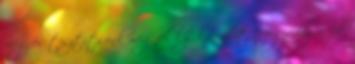
meg és tisztítsunk meg fél kg krumplit. Negyedeljük fel,